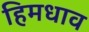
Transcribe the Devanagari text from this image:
हिमधाव